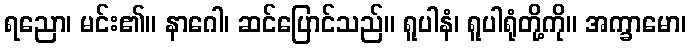
ရညော၊ မင်း၏။ နာဂေါ၊ ဆင်ပြောင်သည်။ ရူပါနံ၊ ရူပါရုံတို့ကို။ အက္ခာမော၊